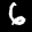
Label: 6